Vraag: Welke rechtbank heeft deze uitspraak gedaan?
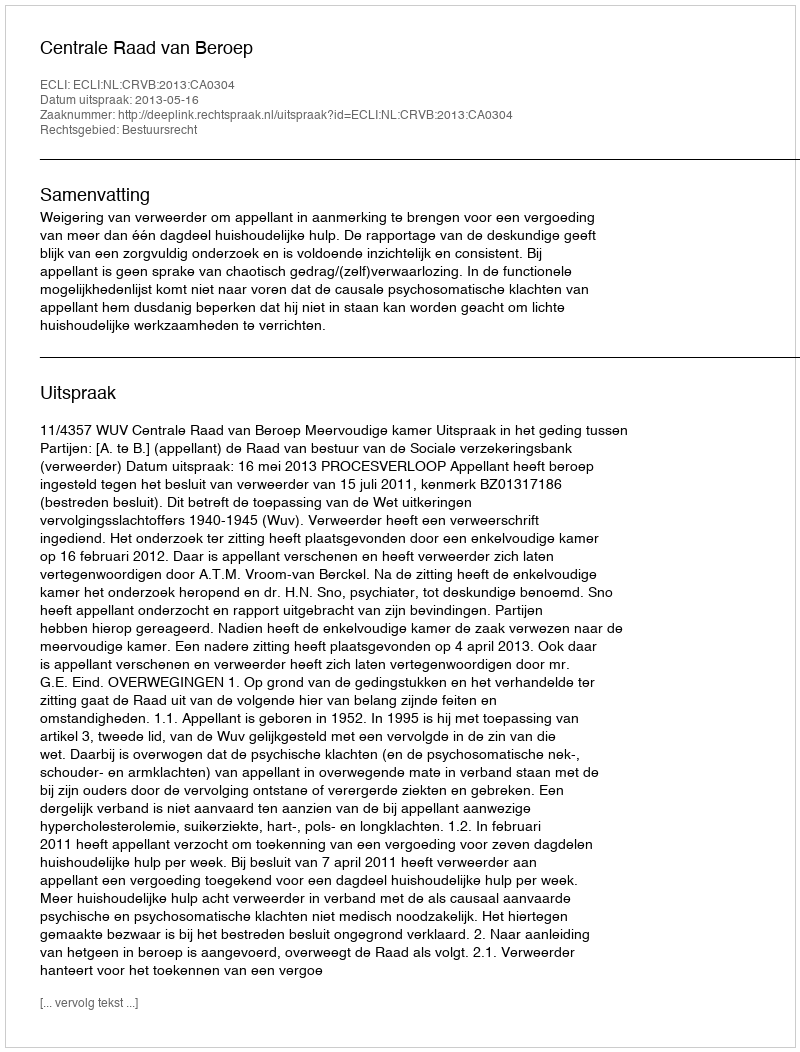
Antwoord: Centrale Raad van Beroep